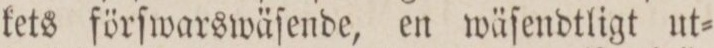
kets förſwarswäſende, en wäſendtligt ut=